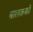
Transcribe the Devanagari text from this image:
बालकको